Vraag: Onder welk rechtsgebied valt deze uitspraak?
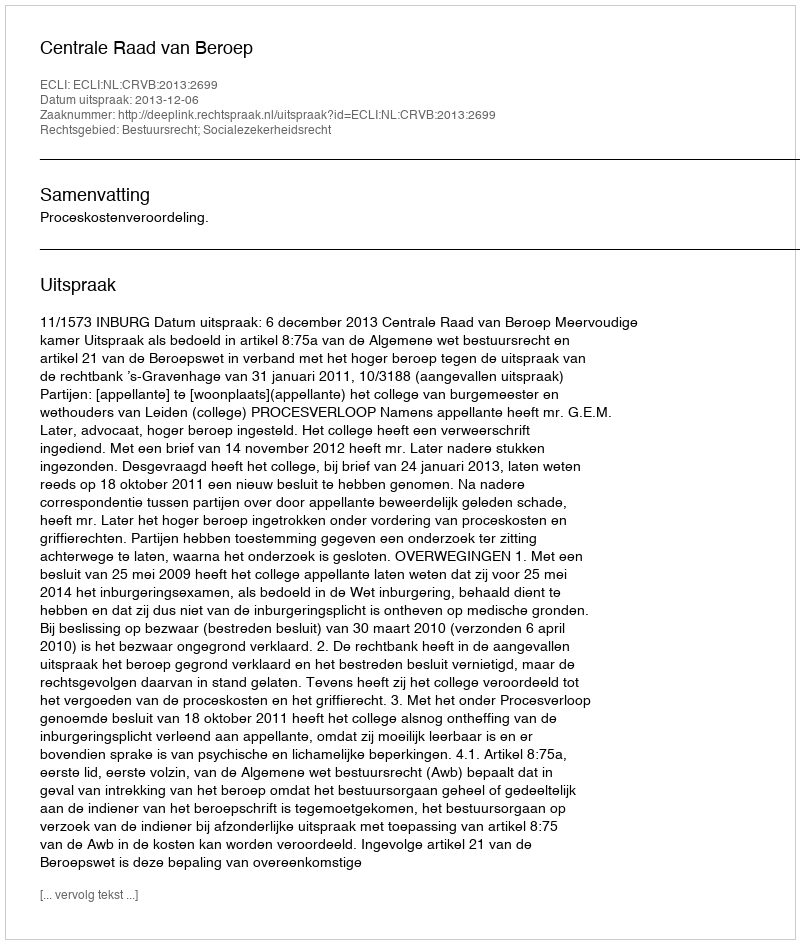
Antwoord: Bestuursrecht; Socialezekerheidsrecht